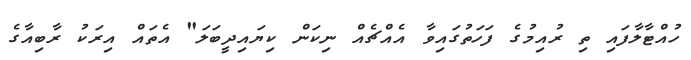
ހުއްޓާލާފައި ތި ރުއިމުގެ ފަހަތުގައިވާ އެއްޗެއް ނިކަން ކިޔައިދީބަލަ" އެތައް އިރަކު ރާބިއާގެ